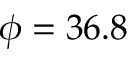
\phi = 3 6 . 8